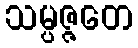
သမ္ပဇ္ဇတေ